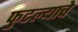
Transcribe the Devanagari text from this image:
फुटल्याचे